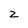
Character: z